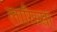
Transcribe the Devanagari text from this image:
लारिस्सा